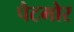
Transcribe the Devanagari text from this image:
पैटमोर